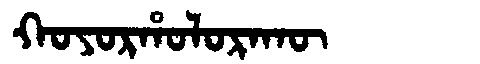
Manchu: ᡴᠣᠶᠣᡵᡥᠣᠯᠣᡵᠠᡴᡡ
Romanization: KOYORHOLORAKŪ